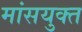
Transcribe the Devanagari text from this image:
मांसयुक्त